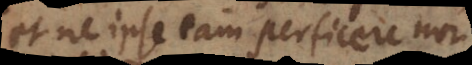
et ne ipse eam perficere non